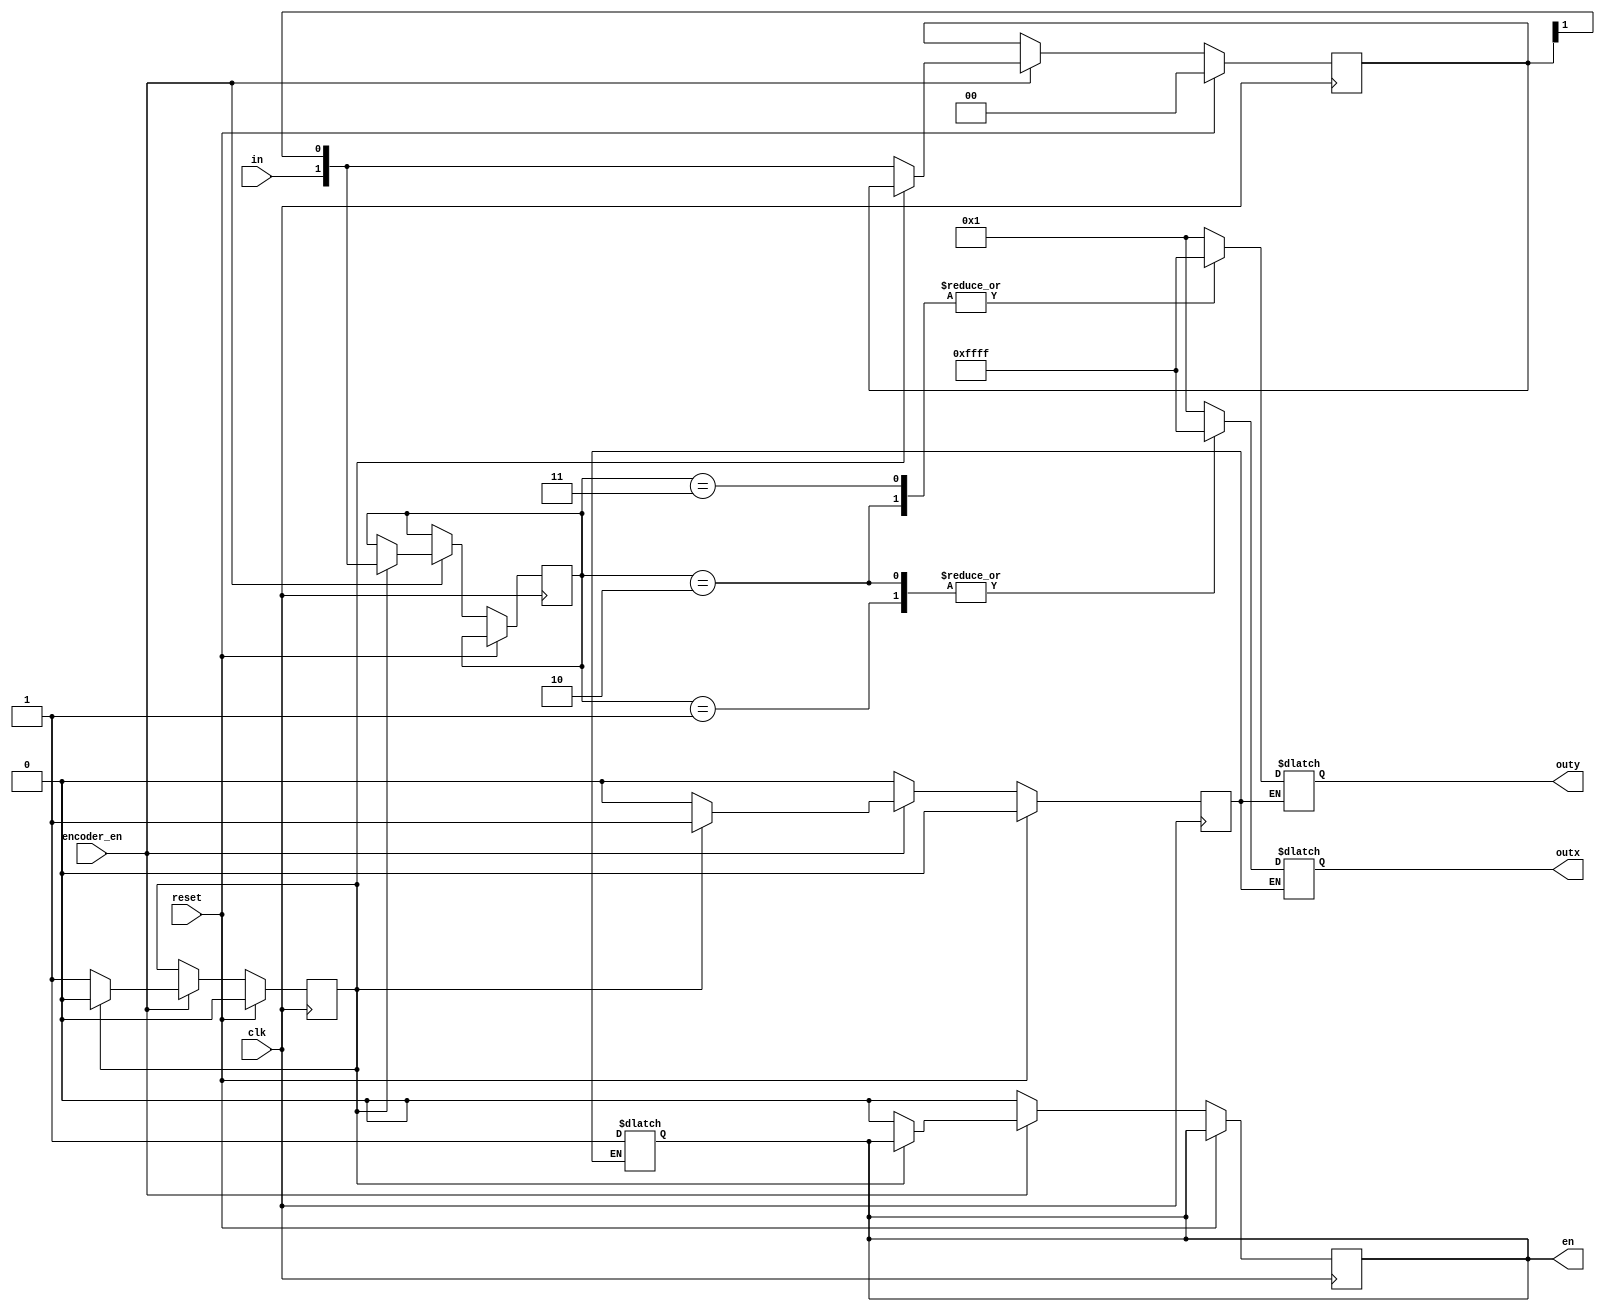
`timescale 1ns/1ps
module Mod (
    clk, reset, in, encoder_en, en, outx, outy
);
    input clk;
    input reset;
    input in;
    input encoder_en;

    output reg en;
    output reg signed [15:0] outx;
    output reg signed [15:0] outy;

    reg [1:0] in_data;
    reg esig;
    reg cnt;
    reg[1:0] data_cache;

    always @(posedge clk) begin
        if(reset) begin
            in_data <= 0;
            cnt <= 0;
            esig <= 0;
        end
        else if(encoder_en)
        begin
            if(cnt == 1'b1)
            begin
                data_cache <= {in, in_data[1]};
                cnt <= 0;
                esig <= 1;
            end
            else
            begin
                en <= 0;
                esig <= 0;
                in_data <= {in, in_data[1]};
                cnt <= 1;
            end
        end
        else
        begin
            en <= 0;
            esig <= 0;
        end
    end

    always @(*) begin
        if(esig)
        begin
            case (data_cache)
                2'b00: begin outx <= 1'b1; outy <= 1; end
                2'b01: begin outx <= -1'b1; outy <= 1; end
                2'b10: begin outx <= -1'b1; outy <= -1'b1; end
                2'b11: begin outx <= 1'b1; outy <= -1'b1; end
                default: begin outx <= 0; outy <= 0; end
            endcase
            en <= 1;
        end
    end
endmodule